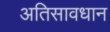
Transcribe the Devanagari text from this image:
अतिसावधान